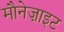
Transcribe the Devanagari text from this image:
मौनेज़ाइट